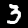
Label: 3